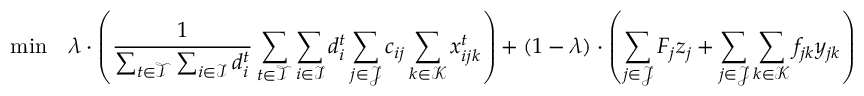
\quad \mathrm { m i n } \quad \lambda \cdot \left( \frac { 1 } { \sum _ { t \in \mathcal { T } } \sum _ { i \in \mathcal { I } } d _ { i } ^ { t } } \sum _ { t \in \mathcal { T } } \sum _ { i \in \mathcal { I } } d _ { i } ^ { t } \sum _ { j \in \mathcal { J } } c _ { i j } \sum _ { k \in \mathcal { K } } x _ { i j k } ^ { t } \right) + ( 1 - \lambda ) \cdot \left( \sum _ { j \in \mathcal { J } } F _ { j } z _ { j } + \sum _ { j \in \mathcal { J } } \sum _ { k \in \mathcal { K } } f _ { j k } y _ { j k } \right)